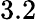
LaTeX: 3.2